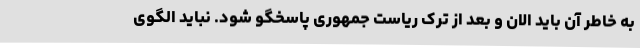
به خاطر آن باید الان و بعد از ترک ریاست جمهوری پاسخگو شود. نباید الگوی